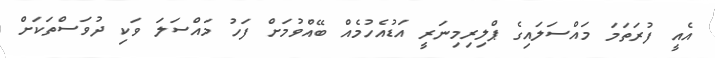
އެއީ ފުރަތަމަ މައްސަލައިގެ ޕްލިރިމިނަރީ އަޑުއެހުމެއް ބޭއްވުމަށް ފަހު މައްސަލަ ވަކި ދުވަސްތަކަށް